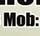
mob